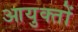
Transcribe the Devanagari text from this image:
आयुक्‍तों